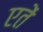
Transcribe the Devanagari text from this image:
एतें